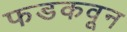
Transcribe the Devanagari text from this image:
फडकवून